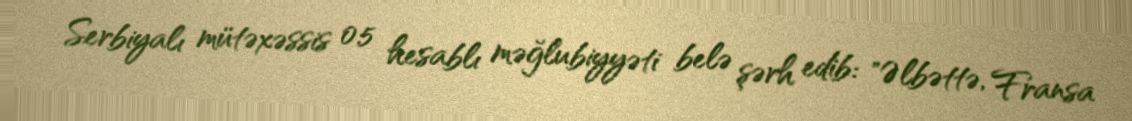
Serbiyalı mütəxəssis 0:5 hesablı məğlubiyyəti belə şərh edib: "Əlbəttə, Fransa